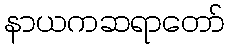
နာယကဆရာတော်